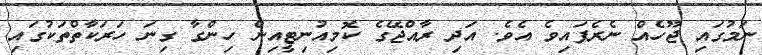
ނަމުގައި ޖޫހެއް ނެރެފައިވެ އެވެ. އަދި ރާއްޖޭގެ ކޮމިއުނިޓީއިން ހިންގާ ގިނަ ހަރަކާތްތަކުގައި